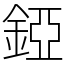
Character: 錏